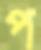
প